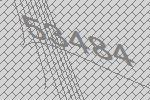
53484